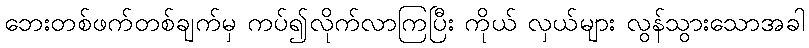
ဘေးတစ်ဖက်တစ်ချက်မှ ကပ်၍လိုက်လာကြပြီး ကိုယ် လှယ်များ လွန်သွားသောအခါ